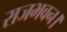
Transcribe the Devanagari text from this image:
राजभवन।